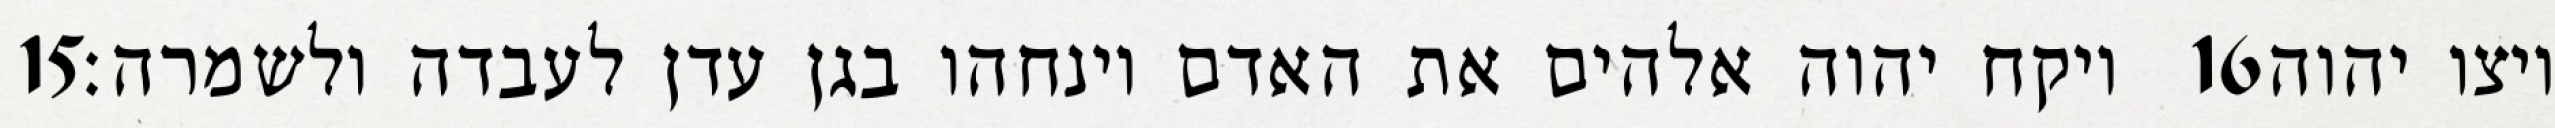
‎15‏ ויקח יהוה אלהים את האדם וינחהו בגן עדן לעבדה ולשמרה׃ ‎16‏ ויצו יהוה